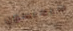
سيمبسون